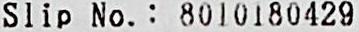
SLIP NO.: 8010180429